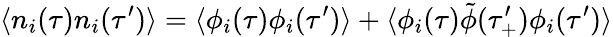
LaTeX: \langle n_{i}(\tau)n_{i}(\tau^{\prime})\rangle=\langle\phi_{i}(\tau)\phi_{i}(\tau^{\prime})\rangle+\langle\phi_{i}(\tau)\tilde{\phi}(\tau_{+}^{\prime})\phi_{i}(\tau^{\prime})\rangle